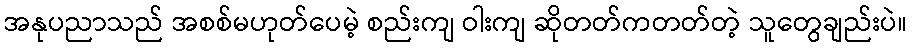
အနုပညာသည် အစစ်မဟုတ်ပေမဲ့ စည်းကျ ဝါးကျ ဆိုတတ်ကတတ်တဲ့ သူတွေချည်းပဲ။